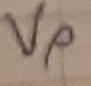
Text: Vp